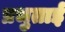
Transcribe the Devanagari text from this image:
प्रभुताई